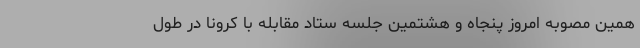
همین مصوبه امروز پنجاه‌ و هشتمین جلسه ستاد مقابله با کرونا در طول